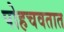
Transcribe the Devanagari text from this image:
पोहचवतात